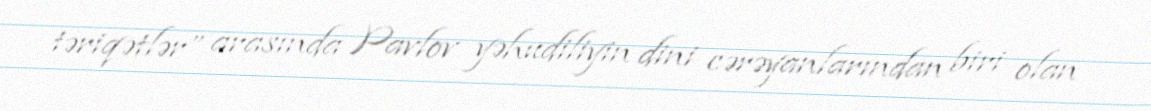
təriqətlər” arasında Pavlov yəhudiliyin dini cərəyanlarından biri olan